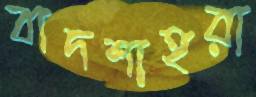
বাদশাহরা